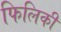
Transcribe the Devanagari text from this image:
फिलिकी